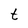
Character: t